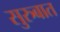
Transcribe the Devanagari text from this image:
सुरुबात